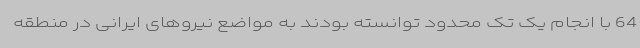
64 با انجام یک تک محدود توانسته بودند به مواضع نیروهای ایرانی در منطقه